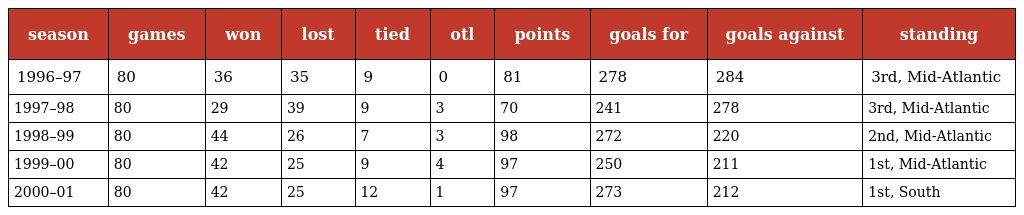
| season | games | won | lost | tied | otl | points | goals for | goals against | standing |
 | --- | --- | --- | --- | --- | --- | --- | --- | --- | --- |
 | 1996–97 | 80 | 36 | 35 | 9 | 0 | 81 | 278 | 284 | 3rd, Mid-Atlantic |
 | 1997–98 | 80 | 29 | 39 | 9 | 3 | 70 | 241 | 278 | 3rd, Mid-Atlantic |
 | 1998–99 | 80 | 44 | 26 | 7 | 3 | 98 | 272 | 220 | 2nd, Mid-Atlantic |
 | 1999–00 | 80 | 42 | 25 | 9 | 4 | 97 | 250 | 211 | 1st, Mid-Atlantic |
 | 2000–01 | 80 | 42 | 25 | 12 | 1 | 97 | 273 | 212 | 1st, South |